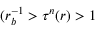
( r _ { b } ^ { - 1 } > \tau ^ { n } ( r ) > 1